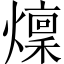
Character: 燣